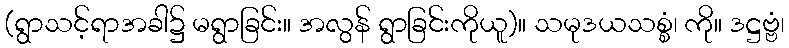
(ရွာသင့်ရာအခါ၌ မရွာခြင်း။ အလွန် ရွာခြင်းကိုယူ)။ သမုဒယသစ္စံ၊ ကို။ ဒဋ္ဌဗ္ဗံ၊